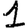
Digit: 1